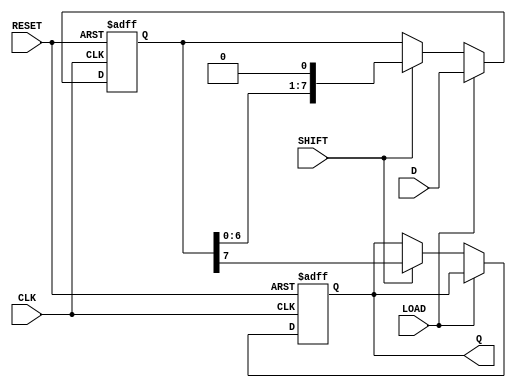
module PISO_Register #(parameter WIDTH = 8) (
    input wire [WIDTH-1:0] D,      // Parallel Data Input
    input wire LOAD,                // Load Signal
    input wire SHIFT,               // Shift Signal
    input wire CLK,                 // Clock Signal
    input wire RESET,               // Reset Signal
    output reg Q                   // Serial Output
);

    // Internal Shift Register
    reg [WIDTH-1:0] SR;

    // Asynchronous Reset and Data Load/Shift Logic
    always @(posedge CLK or posedge RESET) begin
        if (RESET) begin
            SR <= {WIDTH{1'b0}};      // Reset shift register to 0
            Q <= 1'b0;                // Reset serial output
        end else begin
            if (LOAD) begin
                SR <= D;              // Load data into shift register
            end else if (SHIFT) begin
                Q <= SR[WIDTH-1];     // Output the MSB to serial output
                SR <= {SR[WIDTH-2:0], 1'b0}; // Shift right
            end
        end
    end

endmodule